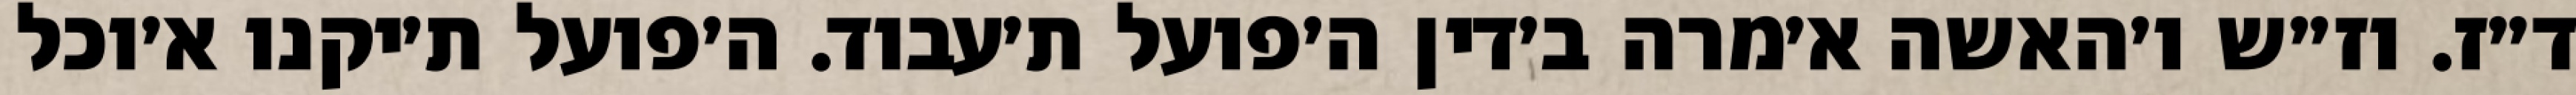
ד״ז. וז״ש ו׳האשה א׳מרה ב׳דין ה׳פועל ת׳עבוד. ה׳פועל ת׳יקנו א׳וכל